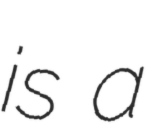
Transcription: is a